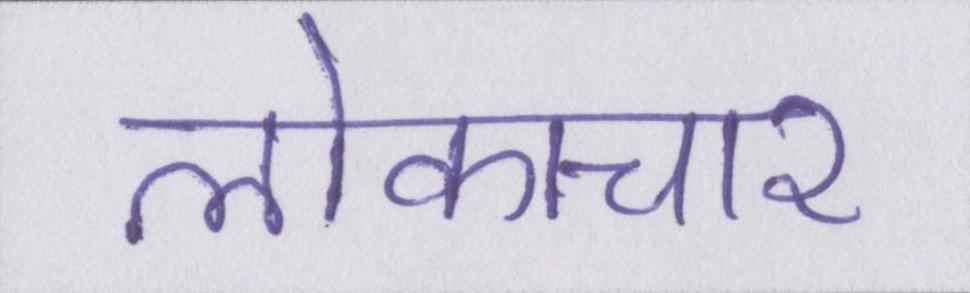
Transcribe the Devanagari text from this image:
लोकाचार